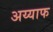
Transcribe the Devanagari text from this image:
अय्याफ